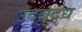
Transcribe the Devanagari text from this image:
उदबुद्ध